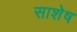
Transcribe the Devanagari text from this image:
साशेष